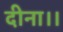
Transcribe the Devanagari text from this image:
दीना।।